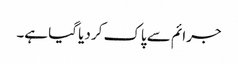
جرائم سے پاک کر دیا گیا ہے۔